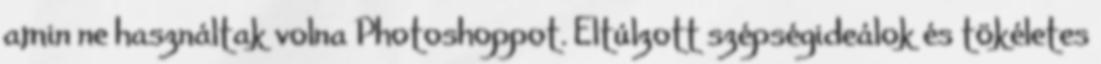
amin ne használtak volna Photoshoppot. Eltúlzott szépségideálok és tökéletes